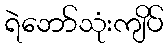
ရဲဘော်သုံးကျိပ်